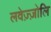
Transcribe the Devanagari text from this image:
लवेज़्ज़ोलि